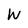
Character: W